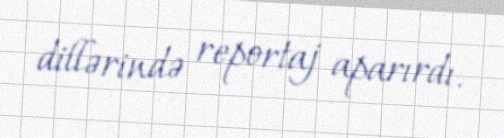
dillərində reportaj aparırdı.